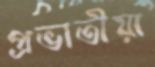
প্রভাতীয়া